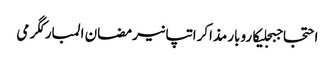
احتجاجبجلیکاروبارمذاکراتپانیرمضان المبارکگرمی